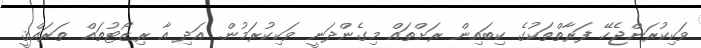
ވަކިކުރަންޖެހޭ ފަރާތްތަކުގެ ކިބައިން ރަށްތައް މިގެންދަނީ ވަކިކުރަމުން. އަދި އާ ރިޒޯޓުތައް ތަރައްޤީ